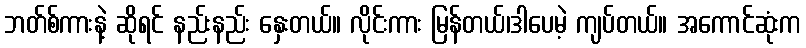
ဘတ်စ်ကားနဲ့ ဆိုရင် နည်းနည်း နှေးတယ်။ လိုင်းကား မြန်တယ်၊ဒါပေမဲ့ ကျပ်တယ်။ အကောင်ဆုံးက